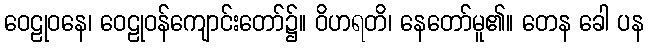
ဝေဠုဝနေ၊ ဝေဠုဝန်ကျောင်းတော်၌။ ဝိဟရတိ၊ နေတော်မူ၏။ တေန ခေါ ပန